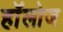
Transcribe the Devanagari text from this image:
हाॅलोज